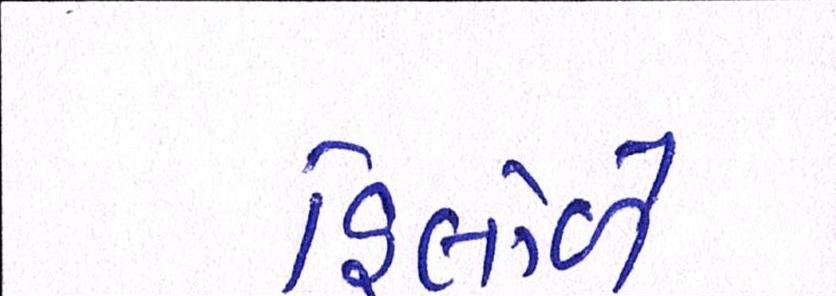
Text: હિલોળે